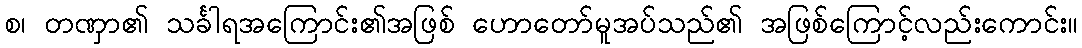
စ၊ တဏှာ၏ သင်္ခါရအကြောင်း၏အဖြစ် ဟောတော်မူအပ်သည်၏ အဖြစ်ကြောင့်လည်းကောင်း။